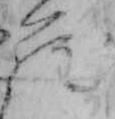
ら